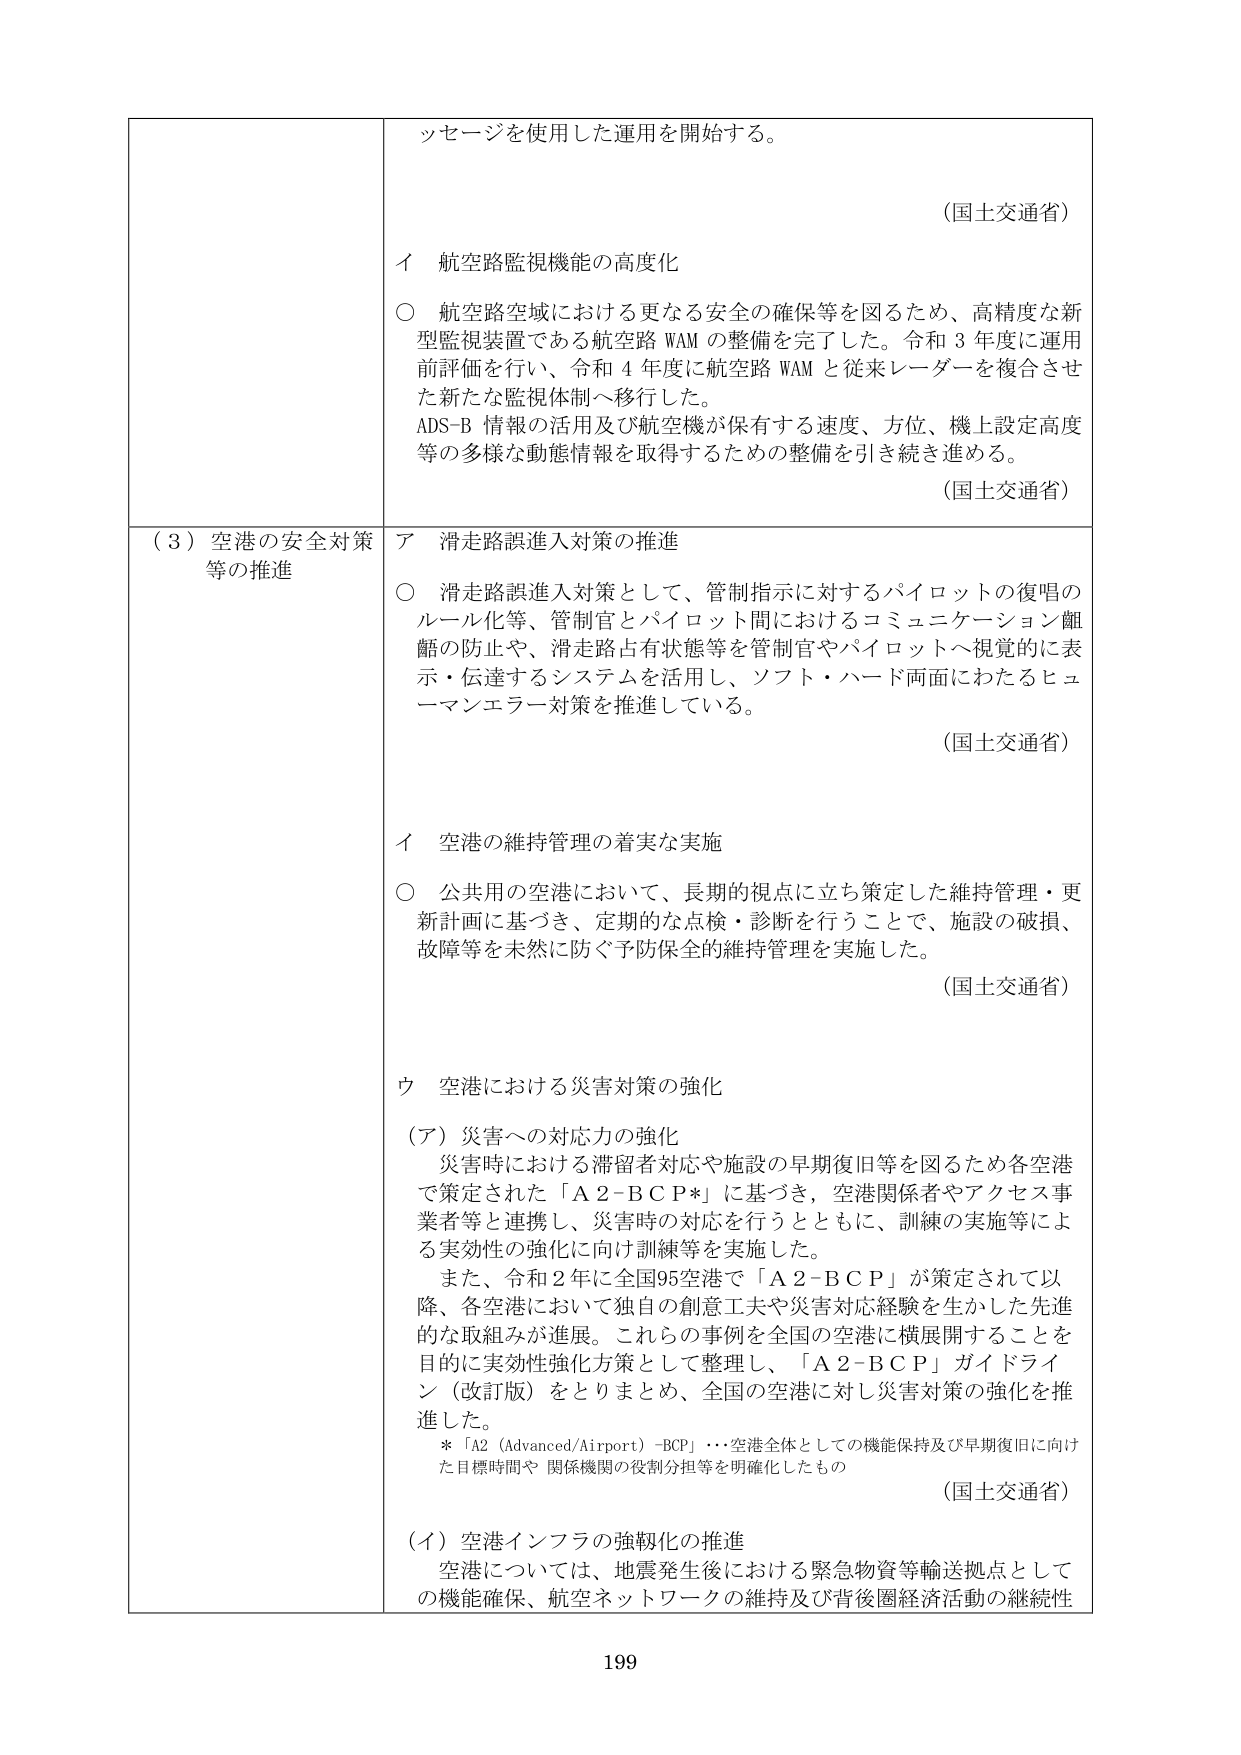
ツセージを使用した運用を開始する。

（国土交通省）

イ 航空路監視機能の高度化

○ 航空路空域における更なる安全の確保等を図るため、高精度な新型監視装置である航空路WAMの整備を完了した。令和3年度に運用前評価を行い、令和4年度に航空路WAMと従来レーダーを複合させた新たな監視体制へ移行した。
ADS-B情報の活用及び航空機が保有する速度、方位、機上設定高度等の多様な動態情報を取得するための整備を引き続き進める。

（国土交通省）

（３）空港の安全対策等の推進

ア 滑走路誤進入対策の推進

○ 滑走路誤進入対策として、管制指示に対するパイロットの復唱のルール化等、管制官とパイロット間におけるコミュニケーション齟齬の防止や、滑走路占有状態等を管制官やパイロットへ視覚的に表示・伝達するシステムを活用し、ソフト・ハード両面にわたるヒューマンエラー対策を推進している。

（国土交通省）

イ 空港の維持管理の着実な実施

○ 公共用の空港において、長期的視点に立ち策定した維持管理・更新計画に基づき、定期的な点検・診断を行うことで、施設の破損、故障等を未然に防ぐ予防保全的維持管理を実施した。

（国土交通省）

ウ 空港における災害対策の強化

（ア）災害への対応力の強化
災害時における滞留者対応や施設の早期復旧等を図るため各空港で策定された「A2-BCP*」に基づき、空港関係者やアクセス事業者等と連携し、災害時の対応を行うとともに、訓練の実施等による実効性の強化に向け訓練等を実施した。
また、令和2年に全国95空港で「A2-BCP」が策定されて以降、各空港において独自の創意工夫や災害対応経験を生かした先進的な取組みが進展。これらの事例を全国の空港に横展開することを目的に実効性強化方策として整理し、「A2-BCP」ガイドライン（改訂版）をとりまとめ、全国の空港に対し災害対策の強化を推進した。
*「A2（Advanced/Airport）-BCP」・・・空港全体としての機能保持及び早期復旧に向けた目標時間や関係機関の役割分担等を明確化したもの

（国土交通省）

（イ）空港インフラの強靭化の推進
空港については、地震発生後における緊急物資等輸送拠点としての機能確保、航空ネットワークの維持及び背後圏経済活動の継続性

199